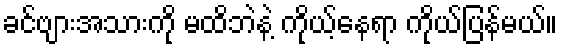
ခင်ဗျားအသားကို မထိဘဲနဲ့ ကိုယ့်နေရာ ကိုယ်ပြန်မယ်။